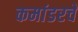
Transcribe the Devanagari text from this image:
कमांडरचे